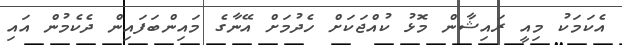
އެކަމަކު މިއީ ރައިޝާން މޮޅު ކުއްޖަކަށް ހެދުމަށް އޭނާގެ މައިންބަފައިން ދެކެމުން އައި